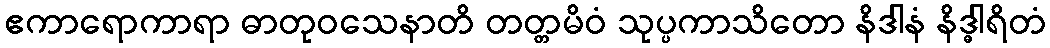
ဧကာရောကာရာ ဓာတုဝသေနာတိ တတ္တမိဝံ သုပ္ပကာသိတော နိဒါနံ နိဒ္ဓါရိတံ